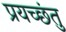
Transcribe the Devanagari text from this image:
प्रयच्छंतु